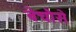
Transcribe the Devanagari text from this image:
बेचौसे